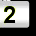
Digit: 2